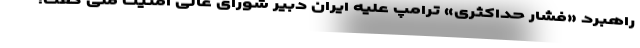
راهبرد «فشار حداکثری» ترامپ علیه ایران دبیر شورای عالی امنیت ملی گفت: